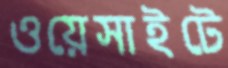
ওয়েসাইটে